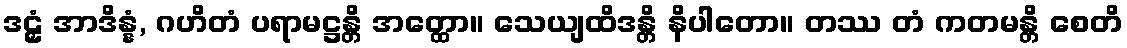
ဒဠှံ အာဒိန္နံ, ဂဟိတံ ပရာမဋ္ဌန္တိ အတ္ထော။ သေယျထိဒန္တိ နိပါတော။ တဿ တံ ကတမန္တိ စေတိ